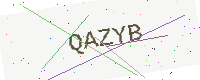
Text: QAZYB